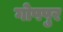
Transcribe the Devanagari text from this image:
गोपपुर